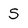
Character: S